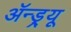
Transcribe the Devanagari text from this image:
ॲन्ड्र्‍यू